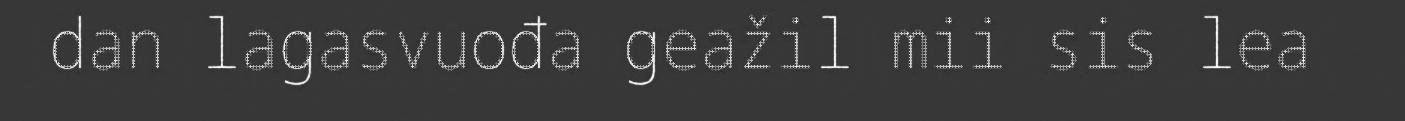
dan lagasvuođa geažil mii sis lea